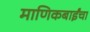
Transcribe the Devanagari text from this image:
माणिकबाईंचा